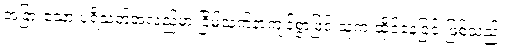
အခြားသော ပရိသတ်အလည်မှာ ငြိမ်သက်နာကျင်စွာဖြင့် သူက ထိုင်နေခြင်းဖြစ်သည်။